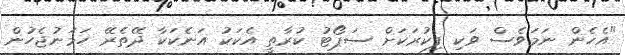
"އެހެން ނަމަވެސް ވަކި ފިކުރަކަށް ސަޕޯޓު ކުރާތީ އެކަކު އަނެކަކާ ދޭތެރޭ ހަމަނުޖެހުން